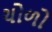
ચોળો